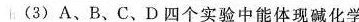
(3)A、B、C、D四个实验中能体现碱化学